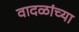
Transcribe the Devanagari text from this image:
वादळांच्या